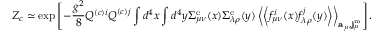
{ \cal Z } _ { c } \simeq \exp \left[ - \frac { g ^ { 2 } } { 8 } Q ^ { ( c ) i } Q ^ { ( c ) j } \int d ^ { 4 } x \int d ^ { 4 } y \Sigma _ { \mu \nu } ^ { \mathrm { e } } ( x ) \Sigma _ { \lambda \rho } ^ { \mathrm { e } } ( y ) \left< \left< f _ { \mu \nu } ^ { i } ( x ) f _ { \lambda \rho } ^ { j } ( y ) \right> \right> _ { { \bf a } _ { \mu } , { \bf j } _ { \mu } ^ { \mathrm { m } } } \right] .